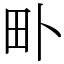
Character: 𤰘